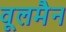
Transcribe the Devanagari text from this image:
वूलमैन